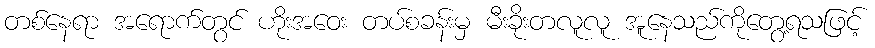
တစ်နေရာ အရောက်တွင် ဟိုးအဝေး တပ်စခန်းမှ မီးခိုးတလူလူ အူနေသည်ကိုတွေ့ရသဖြင့်